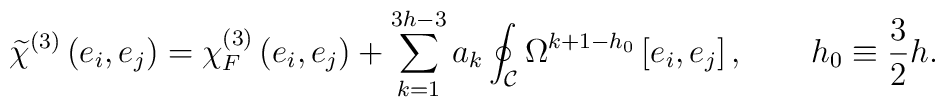
\widetilde\chi^{(3)}\left(e_i,e_j\right)=\chi_F^{(3)}\left(e_i,e_j\right)+\sum_{k=1}^{3h-3}a_k\oint_{\cal C} \Omega^{k+1-h_0}\left[e_i,e_j\right],\qquad h_0\equiv {3\over 2}h.